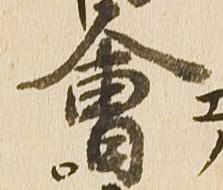
会